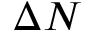
\Delta N